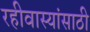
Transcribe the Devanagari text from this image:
रहीवास्यांसाठी